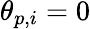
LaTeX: \theta_{p,i}=0